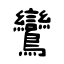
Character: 鸞